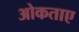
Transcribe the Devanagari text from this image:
ओकताए